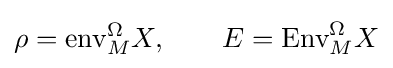
\rho ={\text{env}}_{M}^{\Omega }X,\qquad E={\text{Env}}_{M}^{\Omega }X